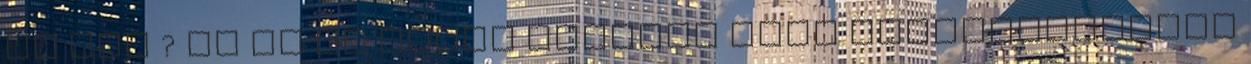
mi van ? Na de az előbb mondtad hogy Magyarországon